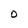
Character: O